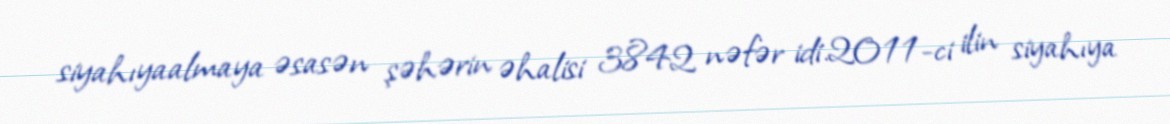
siyahıyaalmaya əsasən şəhərin əhalisi 3842 nəfər idi.2011-ci ilin siyahıya